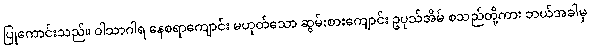
ပြုကောင်းသည်။ ဝါသာဂါရ နေစရာကျောင်း မဟုတ်သော ဆွမ်းစားကျောင်း ဥပုသ်အိမ် စသည်တို့ကား ဘယ်အခါမှ